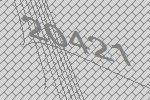
20421